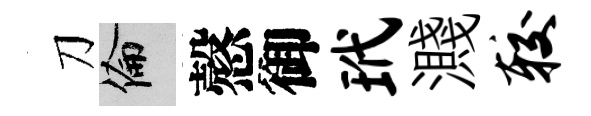
刀倫慤御玳濺较